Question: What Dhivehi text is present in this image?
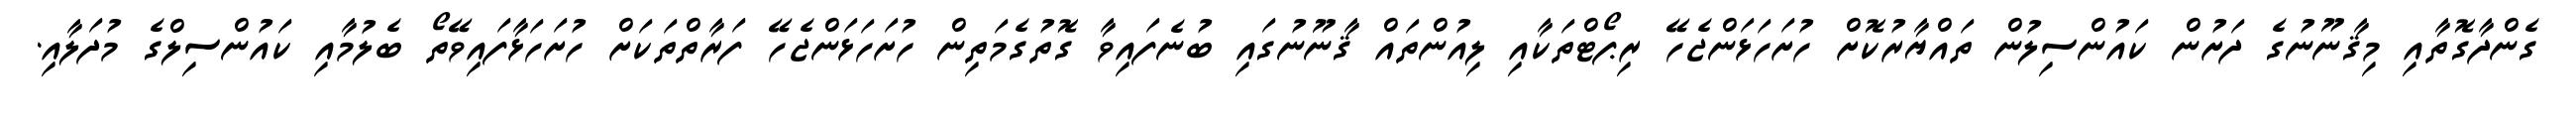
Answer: ގެންދާގޮތާއި މިޤާނޫނުގެ ދަށުން ކައުންސިލުން ތައްޔާރުކޮށް ހުށަހަޅަންޖެހޭ ރިޕޯޓްތަކާއި ލިއުންތައް ޤާނޫނުގައި ބުނެފައިވާ ގޮތުގެމަތިން ހުށަހަޅަންޖެހޭ ފަރާތްތަކަށް ހުށަހަޅާފައިވޭތޯ ބެލުމާއި ކައުންސިލްގެ މުދަލާއި.